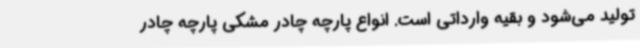
تولید می‌شود و بقیه وارداتی است. انواع پارچه چادر‌ مشکی پارچه چادر‌